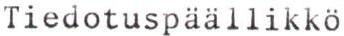
Tiedotuspäällikkö